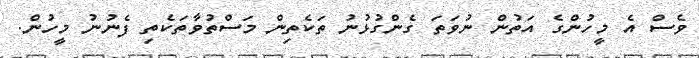
ވެސް އެ މީހުންގެ އަތުން ނުވަތަ ގެންގުޅުނު ތަކެތިން މަސްތުވާތަކެތި ފެނުނު މީހުން.